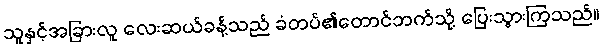
သူနှင့်အခြားလူ လေးဆယ်ခန့်သည် ခံတပ်၏တောင်ဘက်သို့ ပြေးသွားကြသည်။